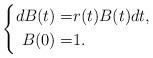
LaTeX: \begin{align*}\left\{\begin{aligned}dB(t)=&r(t)B(t)dt,\\B(0)=&1.\end{aligned}\right.\end{align*}